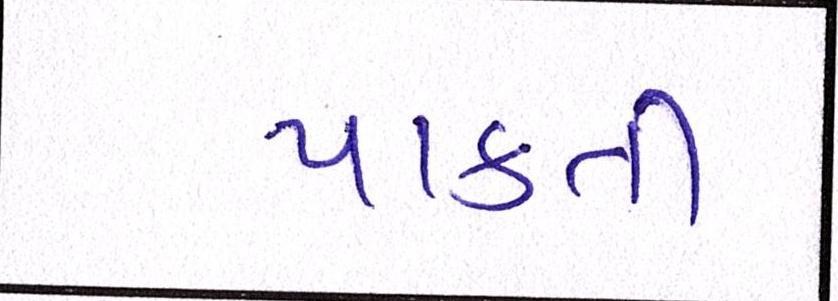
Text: પાકતી